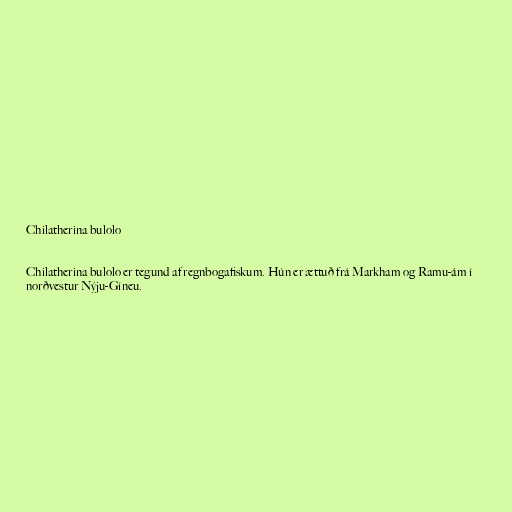
Chilatherina bulolo

Chilatherina bulolo er tegund af regnbogafiskum. Hún er ættuð frá Markham og Ramu-ám í
norðvestur Nýju-Gíneu.